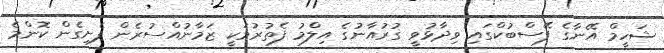
ޝަހީމް އޭނާގެ ފޭސްބުކްގައި ވިދާޅުވީ ގުރުއާނުގެ އިލްމު ފެތުރުމަކީ ޒަމާނުއްސުރެން ފެށިގެން ކޮންމެ